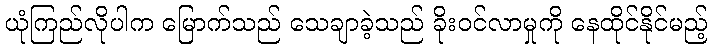
ယုံကြည်လိုပါက မြောက်သည် သေချာခဲ့သည် ခိုးဝင်လာမှုကို နေထိုင်နိုင်မည့်